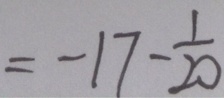
= - 1 7 - \frac { 1 } { 2 0 }